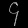
Digit: ၄